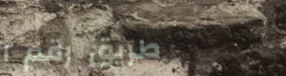
طريق رقم ١